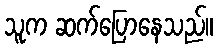
သူက ဆက်ပြောနေသည်။